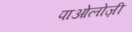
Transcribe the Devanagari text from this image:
पाओलोज़ी